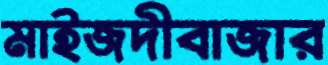
মাইজদীবাজার